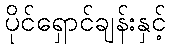
ပိုင်ရှောင်ချန်းနှင့်